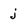
Character: j